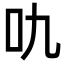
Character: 㕤